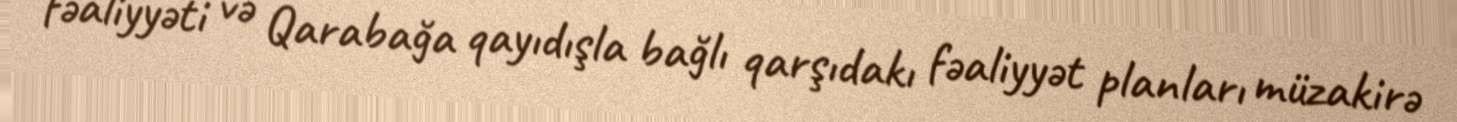
fəaliyyəti və Qarabağa qayıdışla bağlı qarşıdakı fəaliyyət planları müzakirə